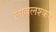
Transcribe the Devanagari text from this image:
लावलश्कर